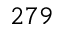
2 7 9